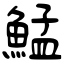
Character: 鯭